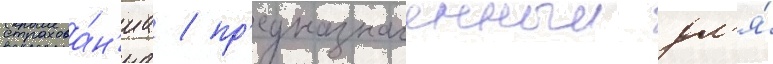
страхова́н'иа / пр'едназначенныи дл'я́